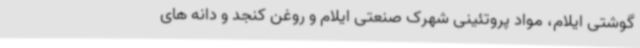
گوشتی ایلام، مواد پروتئینی شهرک صنعتی ایلام و روغن کنجد و دانه های